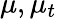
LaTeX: {\mu,\mu_{t}}